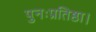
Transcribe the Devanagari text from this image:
पुनःप्रतिष्ठा।